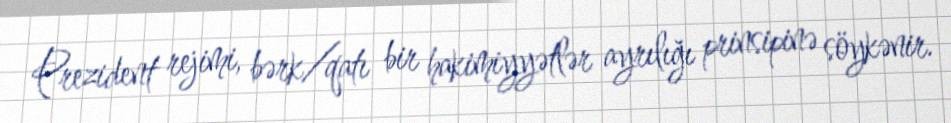
Prezident rejimi, bərk/qatı bir hakimiyyətlər ayrılığı prinsipinə söykənir.